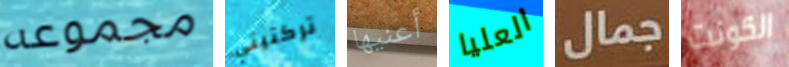
مجموعه تركتيني أعنيها العليا جمال الكونت